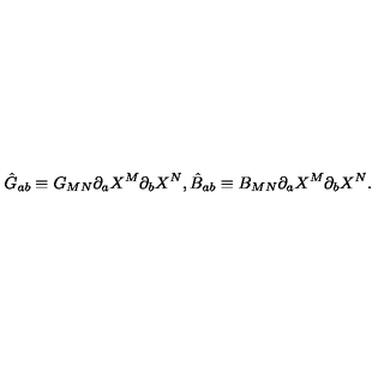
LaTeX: \hat { G } _ { a b } \equiv G _ { M N } \partial _ { a } X ^ { M } \partial _ { b } X ^ { N } , \hat { B } _ { a b } \equiv B _ { M N } \partial _ { a } X ^ { M } \partial _ { b } X ^ { N } .